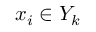
x _ { i } \in Y _ { k }